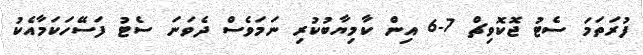
ފުރަތަމަ ސެޓު ޖޮކޮވިޗް 7-6 އިން ކާމިޔާބުކުރި ނަމަވެސް ދެވަނަ ސެޓު ފަސޭހަކަމާއެކު